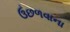
ઉછળવાના